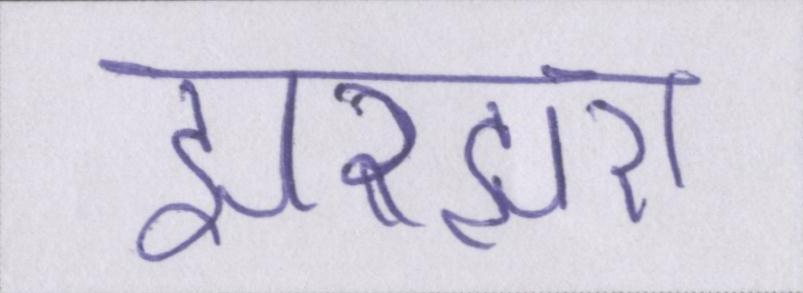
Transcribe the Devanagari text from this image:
झरझरा